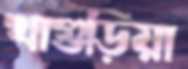
খাগুড়িয়া